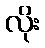
လိုး